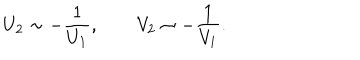
U _ { 2 } \sim - \frac { 1 } { U _ { 1 } } , \qquad V _ { 2 } \sim - \frac { 1 } { V _ { 1 } } .